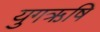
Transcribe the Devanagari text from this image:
युगऋषि